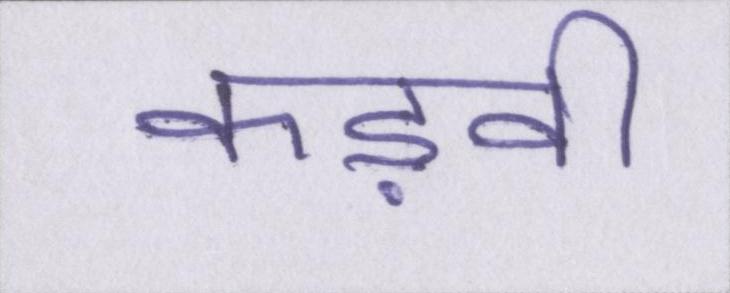
कड़वी